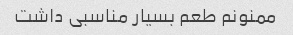
ممنونم طعم بسیار مناسبی داشت